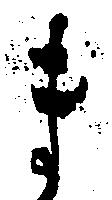
ま